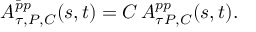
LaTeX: A _ { \tau , P , C } ^ { \bar { p } p } ( s , t ) = C \, A _ { \tau P , C } ^ { p p } ( s , t ) .